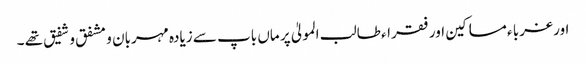
اور غربا ء مساکین اور فقراء طالب المولیٰ پر ماں باپ سے زیادہ مہربان و مشفق و شفیق تھے ۔